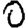
Digit: 0